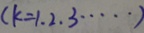
( k = 1 , 2 , 3 \cdots )